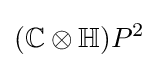
(\mathbb {C} \otimes \mathbb {H} )P^{2}